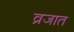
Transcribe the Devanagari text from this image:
व्रजात